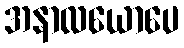
အနာလယောပေ